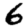
Digit: 6